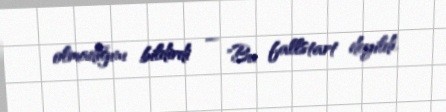
olmadığını bildirdi — "Bu fallstart deyildi.